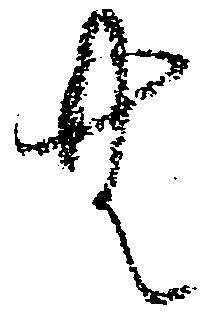
無